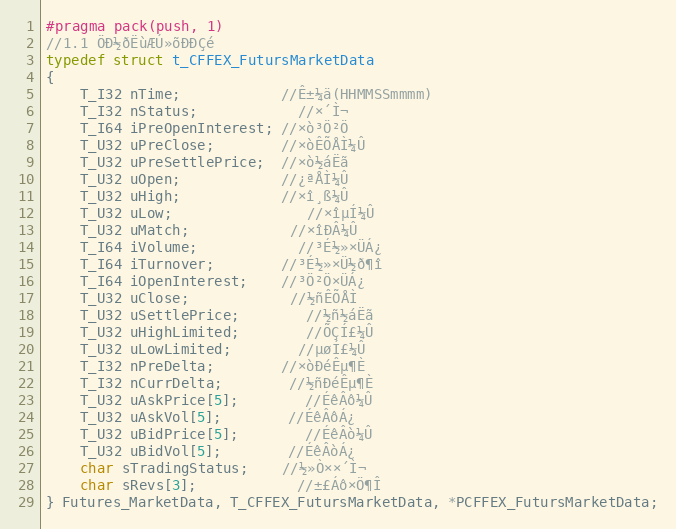
Language: C
#pragma pack(push, 1)
//1.1 ÖÐ½ðËùÆÚ»õÐÐÇé
typedef struct t_CFFEX_FutursMarketData
{
	T_I32 nTime;			//Ê±¼ä(HHMMSSmmmm)
	T_I32 nStatus;			//×´Ì¬
	T_I64 iPreOpenInterest; //×ò³Ö²Ö
	T_U32 uPreClose;		//×òÊÕÅÌ¼Û
	T_U32 uPreSettlePrice;  //×ò½áËã
	T_U32 uOpen;			//¿ªÅÌ¼Û
	T_U32 uHigh;			//×î¸ß¼Û
	T_U32 uLow;				//×îµÍ¼Û
	T_U32 uMatch;			//×îÐÂ¼Û
	T_I64 iVolume;			//³É½»×ÜÁ¿
	T_I64 iTurnover;		//³É½»×Ü½ð¶î
	T_I64 iOpenInterest;	//³Ö²Ö×ÜÁ¿
	T_U32 uClose;			//½ñÊÕÅÌ
	T_U32 uSettlePrice;		//½ñ½áËã
	T_U32 uHighLimited;		//ÕÇÍ£¼Û
	T_U32 uLowLimited;		//µøÍ£¼Û
	T_I32 nPreDelta;		//×òÐéÊµ¶È
	T_I32 nCurrDelta;		//½ñÐéÊµ¶È
	T_U32 uAskPrice[5];		//ÉêÂô¼Û
	T_U32 uAskVol[5];		//ÉêÂôÁ¿
	T_U32 uBidPrice[5];		//ÉêÂò¼Û
	T_U32 uBidVol[5];		//ÉêÂòÁ¿
	char sTradingStatus;	//½»Ò××´Ì¬
	char sRevs[3];			//±£Áô×Ö¶Î
} Futures_MarketData, T_CFFEX_FutursMarketData, *PCFFEX_FutursMarketData;